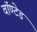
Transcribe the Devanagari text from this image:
वॉण्टेड